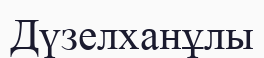
Дүзелханұлы